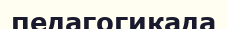
педагогикада